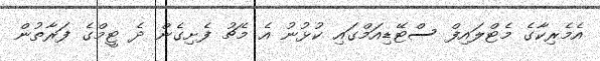
އެމެރިކާގެ މެޓްލައިފް ސްޓޭޑިއަމްގައި ކުޅުނު އެ މެޗު ފެށިގެން ދެ ޓީމްގެ ފަރާތުން